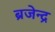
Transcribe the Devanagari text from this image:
ब्रजेन्‍द्र